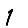
Digit: 1